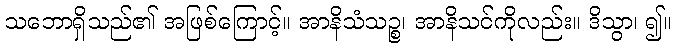
သဘောရှိသည်၏ အဖြစ်ကြောင့်။ အာနိသံသဉ္စ၊ အာနိသင်ကိုလည်း။ ဒိသွာ၊ ၍။